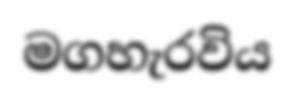
මගහැරවිය